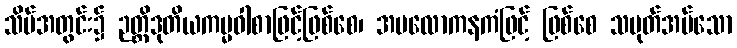
သိမ်အတွင်း၌ ဉတ္တိဒုတိယကမ္မဝါစာဖြင့်ဖြစ်စေ၊ အပလောကနကံဖြင့် ဖြစ်စေ သမုတ်အပ်သော